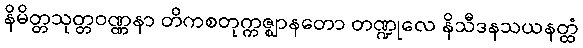
နိမိတ္တသုတ္တဝဏ္ဏနာ တိကစတုက္ကဇ္ဈာနတော တဏ္ဍုလေ နိသီဒနသယနတ္ထံ